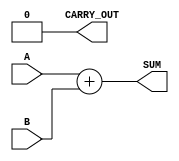
module ParameterizedAdder #(parameter WIDTH = 8) (
    input  [WIDTH-1:0] A,      // Input A
    input  [WIDTH-1:0] B,      // Input B
    output [WIDTH-1:0] SUM,     // Output SUM
    output CARRY_OUT            // Carry out
);
    
    // Behavioral description of the adder
    assign SUM = A + B;         // Perform addition
    assign CARRY_OUT = (A + B) >> WIDTH; // Carry out (if needed)

endmodule